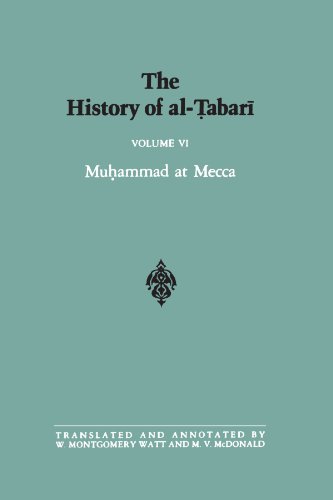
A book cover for The History of Al-Tabari, Vol. 6: Muhammad at Mecca (SUNY Series in Near Eastern Studies); History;